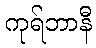
ကုရ်ဘာနီ